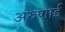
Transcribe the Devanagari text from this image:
अरुणाई